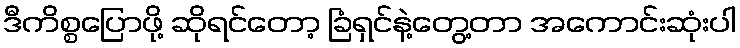
ဒီကိစ္စပြောဖို့ ဆိုရင်တော့ ခြံရှင်နဲ့တွေ့တာ အကောင်းဆုံးပါ